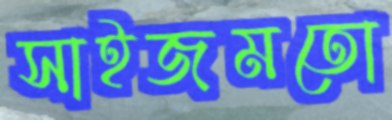
সাইজমতো